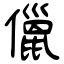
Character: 儠